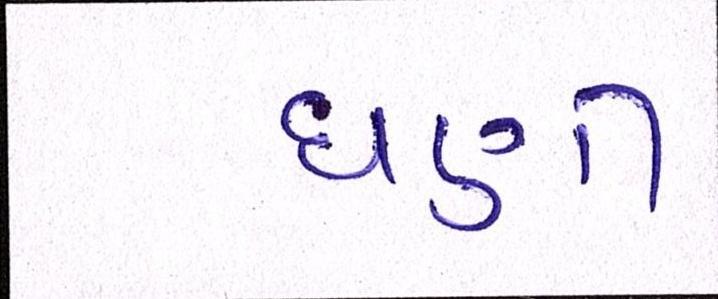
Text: ઘણી